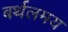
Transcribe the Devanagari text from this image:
बर्थलमय